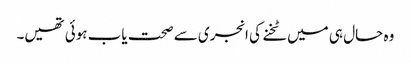
وہ حال ہی میں ٹخنے کی انجری سے صحت یاب ہوئی تھیں۔